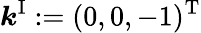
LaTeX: \boldsymbol{k}^{\mathrm{I}}:=(0,0,-1)^{\mathrm{T}}